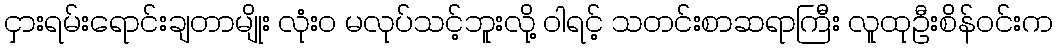
ငှားရမ်းရောင်းချတာမျိုး လုံးဝ မလုပ်သင့်ဘူးလို့ ဝါရင့် သတင်းစာဆရာကြီး လူထုဦးစိန်ဝင်းက